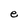
Character: e